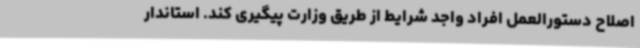
اصلاح دستورالعمل افراد واجد شرایط از طریق وزارت پیگیری کند. استاندار